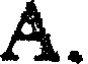
A.